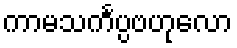
ကာမသင်္ကပ္ပဗဟုလော